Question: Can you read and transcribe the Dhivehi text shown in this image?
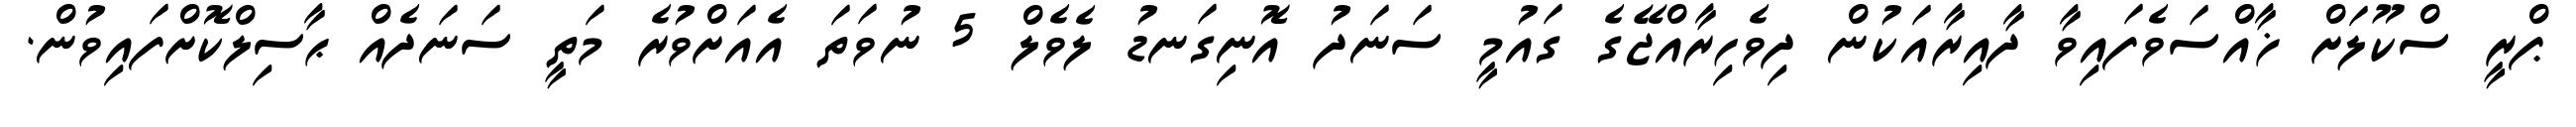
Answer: ޕްރީ ސްކޫލަށް ޚާއްސަވެފައިވާ ދާއިރާއަކުން ދިވެހިރާއްޖޭގެ ގައުމީ ސަނަދު އޮނިގަނޑު ލެވެލް 5 ނުވަތަ އެއަށްވުރެ މަތީ ސަނަދެއް ޙާސިލްކޮށްފައިވުން.